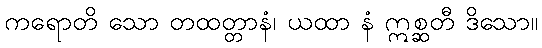
ကရောတိ သော တထတ္တာနံ၊ ယထာ နံ ဣစ္ဆတီ ဒိသော။